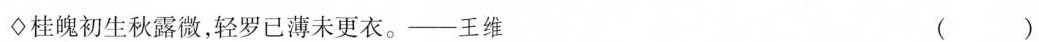
\diamondsuit桂魄初生秋露微，轻罗已薄未更衣。——王维 ()